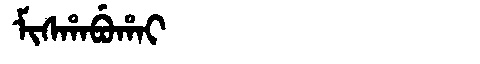
Manchu: ᠮᡳᠰᡥᠠᠪᡠᡥᠠᡳ
Romanization: MISHABUHAI